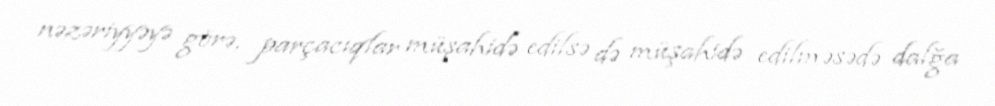
nəzəriyyəyə görə, parçacıqlar müşahidə edilsə də müşahidə edilməsədə dalğa